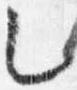
乙